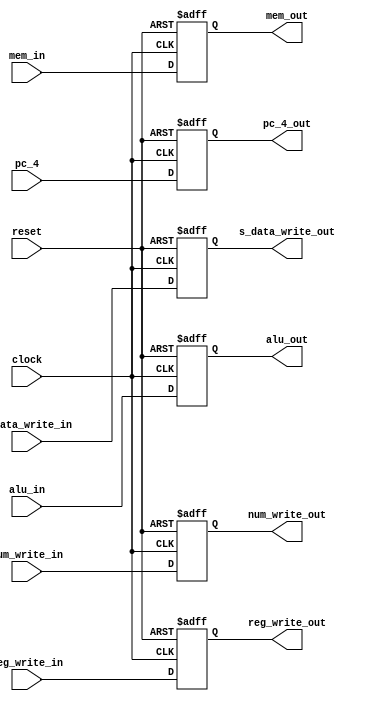
module mem_wb (
               input clock,
               input reset,
               input [31:0] pc_4,
               input [31:0] alu_in,
               input [31:0] mem_in,
               input [4:0] num_write_in,
               input [1:0] s_data_write_in,
               input reg_write_in,
               output reg reg_write_out,
               output reg [1:0] s_data_write_out,
               output reg [4:0] num_write_out,
               output reg [31:0] pc_4_out,
               output reg [31:0] alu_out,
               output reg [31:0] mem_out
               );
    always@(posedge clock,negedge reset)
    begin
        if (!reset)
        begin
            pc_4_out      = {32{1'b0}};
            alu_out       = {32{1'b0}};
            mem_out       = {32{1'b0}};
            num_write_out = {5{1'b0}};
            reg_write_out=0;
            s_data_write_out=2'b00;
        end
        else
        begin
            reg_write_out<=reg_write_in;
            s_data_write_out<=s_data_write_in;
            pc_4_out      <= pc_4;
            alu_out       <= alu_in;
            mem_out       <= mem_in;
            num_write_out <= num_write_in;
        end
    end
    
endmodule //mem_w